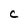
Character: c